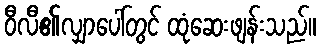
ဝီလီ၏လျှာပေါ်တွင် ထုံဆေးဖျန်းသည်။